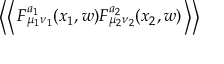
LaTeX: \left< \left< \, F _ { \mu _ { 1 } \nu _ { 1 } } ^ { a _ { 1 } } ( x _ { 1 } , w ) F _ { \mu _ { 2 } \nu _ { 2 } } ^ { a _ { 2 } } ( x _ { 2 } , w ) \, \right> \right>